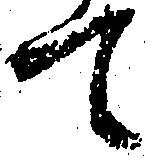
て